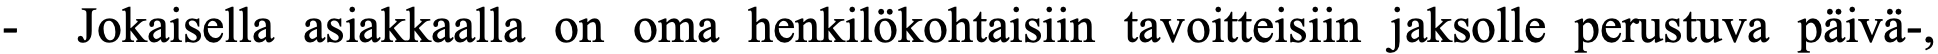
-  Jokaisella asiakkaalla on oma henkilökohtaisiin tavoitteisiin jaksolle perustuva päivä-,